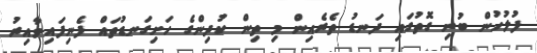
ފުލުހުން ބުނި ގޮތުގައި ދަނޑު ތެރެއިން މި ތިން ކުދިންގެ ހަށިގަނޑުތައް ފެނިފައިވާއިރު